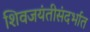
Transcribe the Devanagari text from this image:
शिवजयंतीसंदर्भात